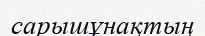
сарышұнақтың